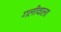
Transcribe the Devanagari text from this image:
गलीवाला